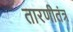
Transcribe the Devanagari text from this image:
तारणीतंत्र